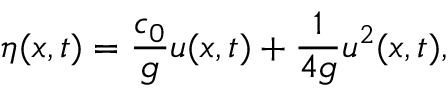
\eta ( x , t ) = \frac { c _ { 0 } } { g } u ( x , t ) + \frac { 1 } { 4 g } u ^ { 2 } ( x , t ) ,